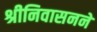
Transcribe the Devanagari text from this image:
श्रीनिवासनने